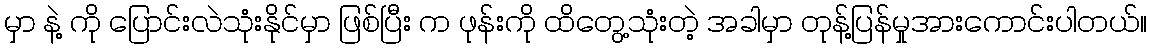
မှာ နဲ့ ကို ပြောင်းလဲသုံးနိုင်မှာ ဖြစ်ပြီး က ဖုန်းကို ထိတွေ့သုံးတဲ့ အခါမှာ တုန့်ပြန်မှုအားကောင်းပါတယ်။